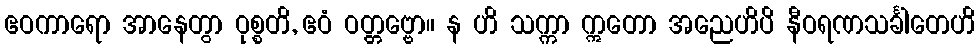
ဧဝကာရော အာနေတွာ ဝုစ္စတိ, ဧဝံ ဝတ္တဗ္ဗော။ န ဟိ သက္ကာ ဣတော အညေဟိပိ နီဝရဏသင်္ခါတေဟိ